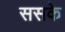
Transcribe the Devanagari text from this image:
ससके